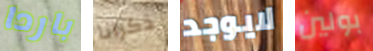
باردا ذكرانا لايوجد بولين